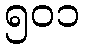
၅၀၁